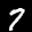
Label: 7